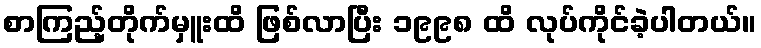
စာကြည့်တိုက်မှူးထိ ဖြစ်လာပြီး ၁၉၉၈ ထိ လုပ်ကိုင်ခဲ့ပါတယ်။